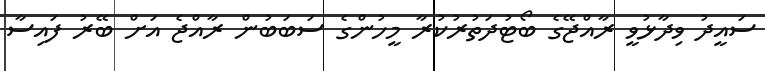
ސައީދު ވިދާޅުވީ ރާއްޖޭގެ ބޯޓުދަތުރުކުރާ މީހުންގެ ސަބަބުން ރާއްޖެ އަށް ބޭރު ފައިސާ